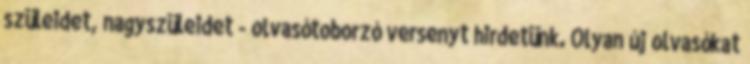
szüleidet, nagyszüleidet - olvasótoborzó versenyt hirdetünk. Olyan új olvasókat